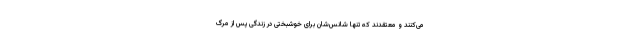
می‌کنند و معتقدند که تنها شانس‌شان برای خوشبختی در زندگی پس از مرگ